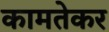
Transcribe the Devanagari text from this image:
कामतेकर